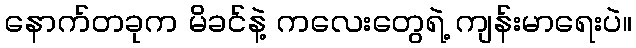
နောက်တခုက မိခင်နဲ့ ကလေးတွေရဲ့ ကျန်းမာရေးပဲ။